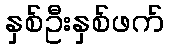
နှစ်ဦးနှစ်ဖက်